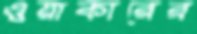
ওয়াকারের